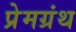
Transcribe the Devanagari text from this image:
प्रेमग्रंथ